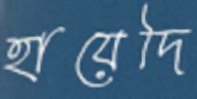
হায়েদি